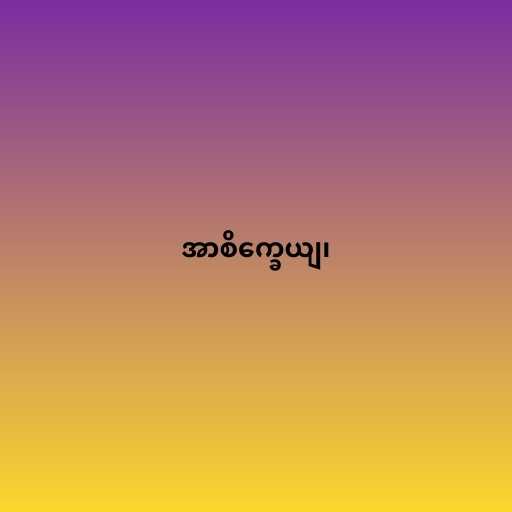
အာစိက္ခေယျ၊